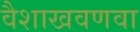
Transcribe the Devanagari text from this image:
वैशाखवणवा